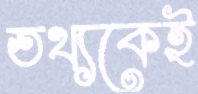
তথ্যকেই